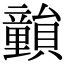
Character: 𥫎